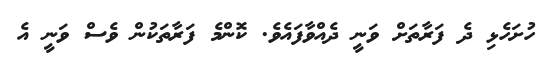
ހުށަހެޅި ދެ ފަރާތަށް ވަނީ ދެއްވާފައެވެ. ކޮންމެ ފަރާތަކުން ވެސް ވަނީ އެ